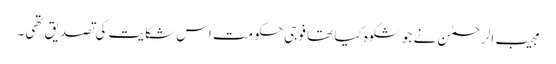
مجیب الرحمٰن نے جو شکوہ کیا تھا فوجی حکومت اس شکایت کی تصدیق تھی۔